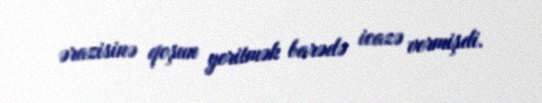
ərazisinə qoşun yeritmək barədə icazə vermişdi.